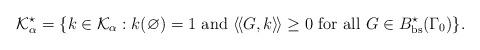
LaTeX: \begin{align*} \mathcal{K}^\star_\alpha = \{ k \in \mathcal{K}_\alpha:k(\varnothing) =1 \ {\rm and} \ \langle \! \langle G, k \rangle \!\rangle \geq 0 \ {\rm for} \ {\rm all} \ G\in B^\star_{\rm bs}(\Gamma_0) \}.\end{align*}